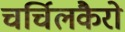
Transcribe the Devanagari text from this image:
चर्चिलकैरो